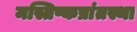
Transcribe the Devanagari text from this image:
मस्तिष्कप्रांतस्था